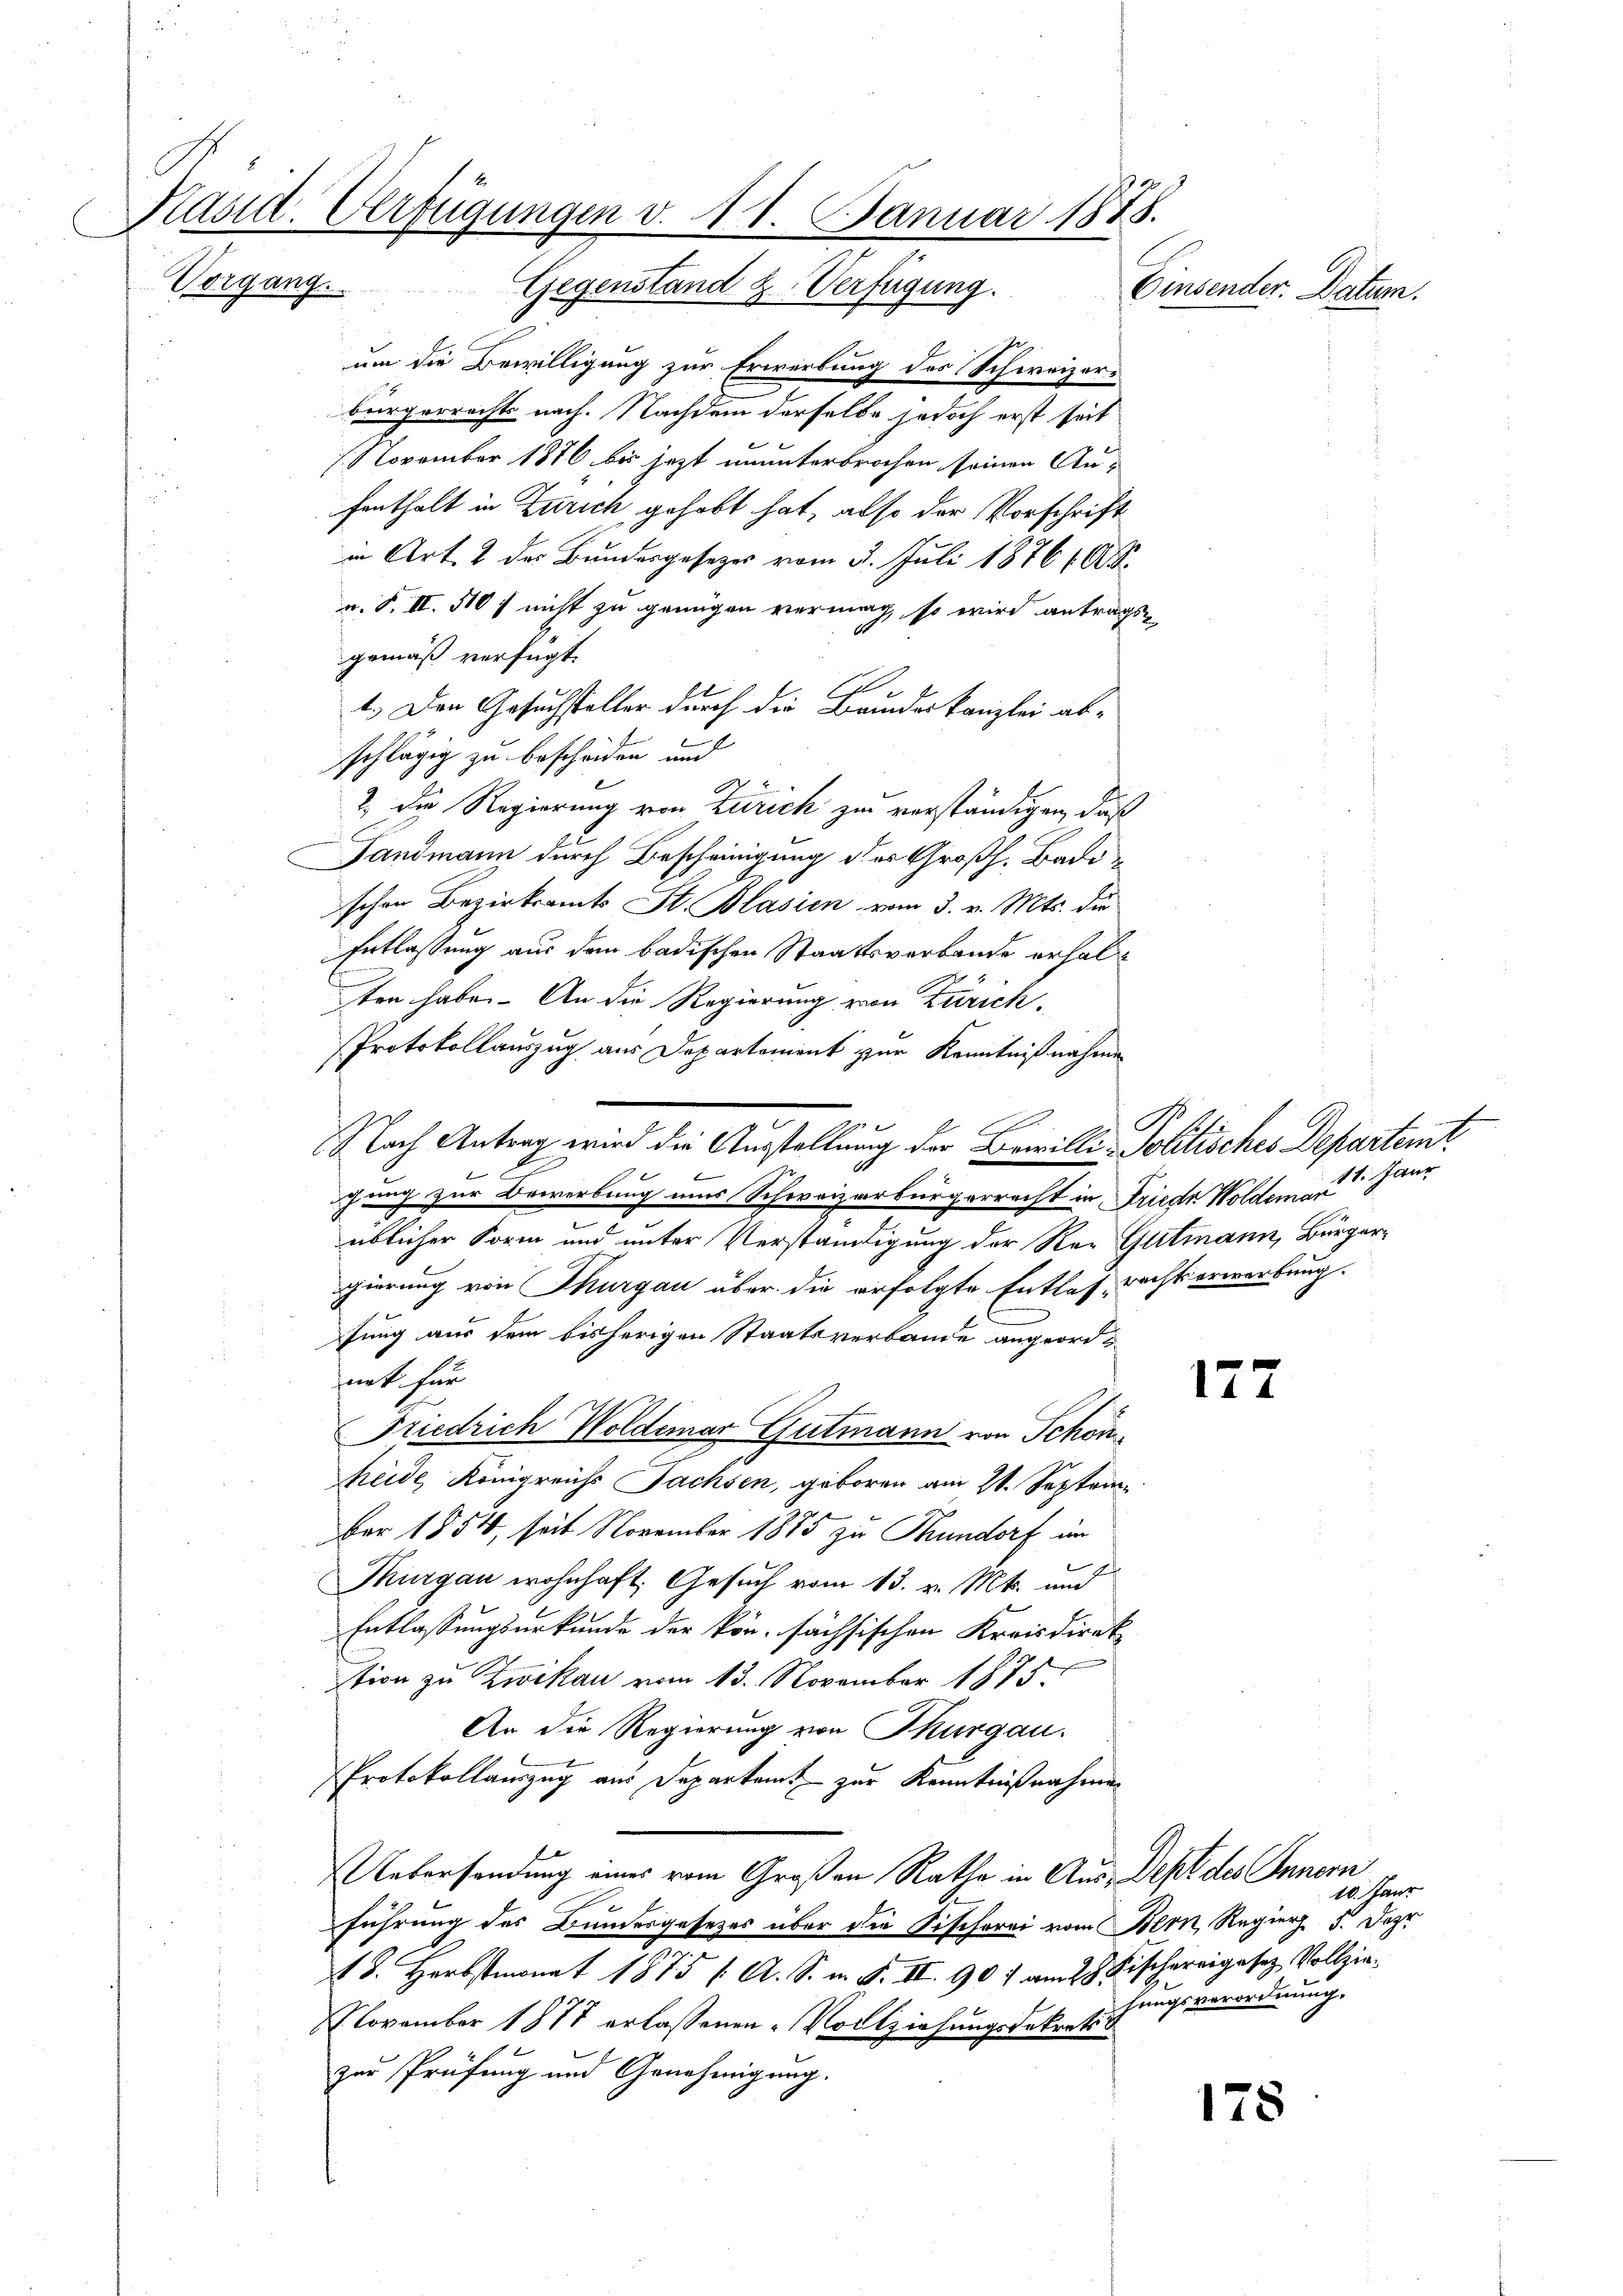
7
Päsid. Verfügungen v. 11. Januar 1878.
C
Vorgang.
Gegenstand z. Verfügung.
Einsender. Datum.

um die Bewilligung zur Erwerbung des Schweizer-
bürgerrechts nach. Nachdem derselbe jedoch erst seit
1. November 1876 bis jetzt ununterbrochen seinen Aufenthalt in Zürich gehabt hat, also der Vorschrift
in Art. 2 des Bundesgesetzes vom 5. Juli 1876 A
n. F. II. 510 / nicht zu genügen vermag, so wird antrags-
gemäß verfügt:
1.) Den Gesuchsteller durch die Brundeskanzlei abschlägig zu bescheiden und
2.) Die Regierung von Zürich zu verständigen, daß
Landmann durch Bescheinigung des Großh. Badischen Bezirksamts St. Blasien vom 3. v. Mts. die
Entlassung aus dem badischen Staatsverbande erhalten habe. An die Regierung von Zürich.
Protokollauszug aus Departement zur Kenntnißnahme
Nach Antrag wird die Ausstellung der Bewilli-Politisches Departem
chung zur Bewerbung aus Schweizerbürgerrecht in Frieste Woldemand Jaur
üblicher Soren und unter Verständigung der Rei Gutmann, Bürgerggierung von Thurgau über die erfolgte Entlas- recht erwerbung.
fung aus dem bisherigen Staatsverbande angeordnat für
177
Friedrich Woldemar Gutmann von Schon
heide Königreichs Sachsen, geboren am 21. Septem¬
Bar 1854, seit November 1875 zu Thundorf im
Thurgau wohnhaft, Gesuch vom 13. v. Mts. und
Entlassungsurkunde der kön- sächsischen Kreisdirek
tion zu Zwikau vom 13. November 1875
An die Regierung von Thurgau.
Protokollauszug aus Departamt zur Kenntnißnahmen
Uebersendung eines vom Großen Rathe in Aus-Dept des Innern
e
führung des Bundesgesezes über die Fischerei vom Bern, Regier 5. Deze
J
18. Herbstmonat 1875 / A. S. m. F. II. 907 am 28. Fischereigesez Vollziehungsverordnung.
NNovember 1877 erlassenen Vollziehungsdekreti
zur Prüfung und Genehmigung.
178

G

10. Janr

f